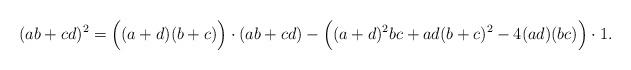
LaTeX: \begin{align*}(ab + cd)^2 = \Big((a+d)(b+c)\Big)\cdot (ab+cd) - \Big((a+d)^2bc + ad(b+c)^2 - 4(ad)(bc)\Big) \cdot 1.\end{align*}